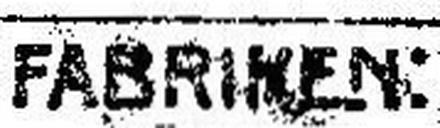
FABRINEN: